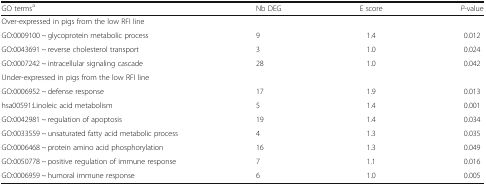
<table><thead><tr><td><b>GO terms<sup>a</sup></b></td><td><b>Nb DEG</b></td><td><b>E score</b></td><td><b><i>P</i>-value</b></td></tr></thead><tbody><tr><td colspan="4">Over-expressed in pigs from the low RFI line</td></tr><tr><td>GO:0009100 ~ glycoprotein metabolic process</td><td>9</td><td>1.4</td><td>0.012</td></tr><tr><td>GO:0043691 ~ reverse cholesterol transport</td><td>3</td><td>1.0</td><td>0.024</td></tr><tr><td>GO:0007242 ~ intracellular signaling cascade</td><td>28</td><td>1.0</td><td>0.042</td></tr><tr><td colspan="4">Under-expressed in pigs from the low RFI line</td></tr><tr><td>GO:0006952 ~ defense response</td><td>17</td><td>1.9</td><td>0.013</td></tr><tr><td>hsa00591:Linoleic acid metabolism</td><td>5</td><td>1.4</td><td>0.001</td></tr><tr><td>GO:0042981 ~ regulation of apoptosis</td><td>19</td><td>1.4</td><td>0.034</td></tr><tr><td>GO:0033559 ~ unsaturated fatty acid metabolic process</td><td>4</td><td>1.3</td><td>0.035</td></tr><tr><td>GO:0006468 ~ protein amino acid phosphorylation</td><td>16</td><td>1.3</td><td>0.049</td></tr><tr><td>GO:0050778 ~ positive regulation of immune response</td><td>7</td><td>1.1</td><td>0.016</td></tr><tr><td>GO:0006959 ~ humoral immune response</td><td>6</td><td>1.0</td><td>0.005</td></tr></tbody></table>